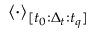
\langle \cdot \rangle _ { [ t _ { 0 } : \Delta _ { t } : t _ { q } ] }